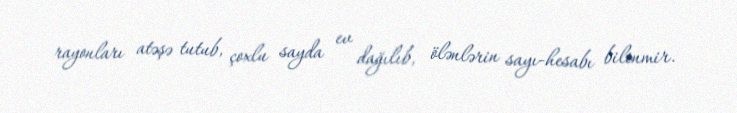
rayonları atəşə tutub, çoxlu sayda ev dağılıb, ölənlərin sayı-hesabı bilinmir.